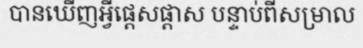
បានឃើញអ្វីផ្តេសផ្តាស បន្ទាប់ពីសម្រាល